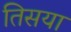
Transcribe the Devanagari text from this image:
तिसया